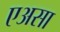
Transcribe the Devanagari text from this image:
एअसा